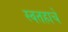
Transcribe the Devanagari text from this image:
स्वतहाचे